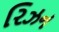
રિઝન